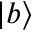
\left| b \right\rangle